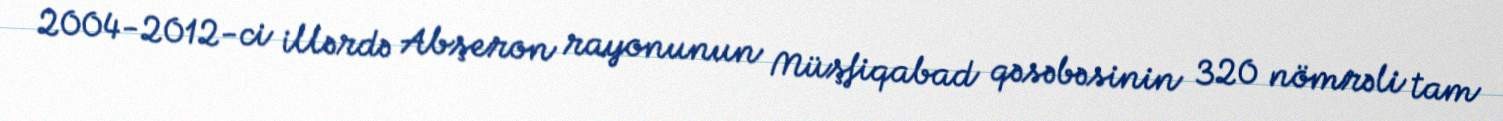
2004-2012-ci illərdə Abşeron rayonunun Müşfiqabad qəsəbəsinin 320 nömrəli tam